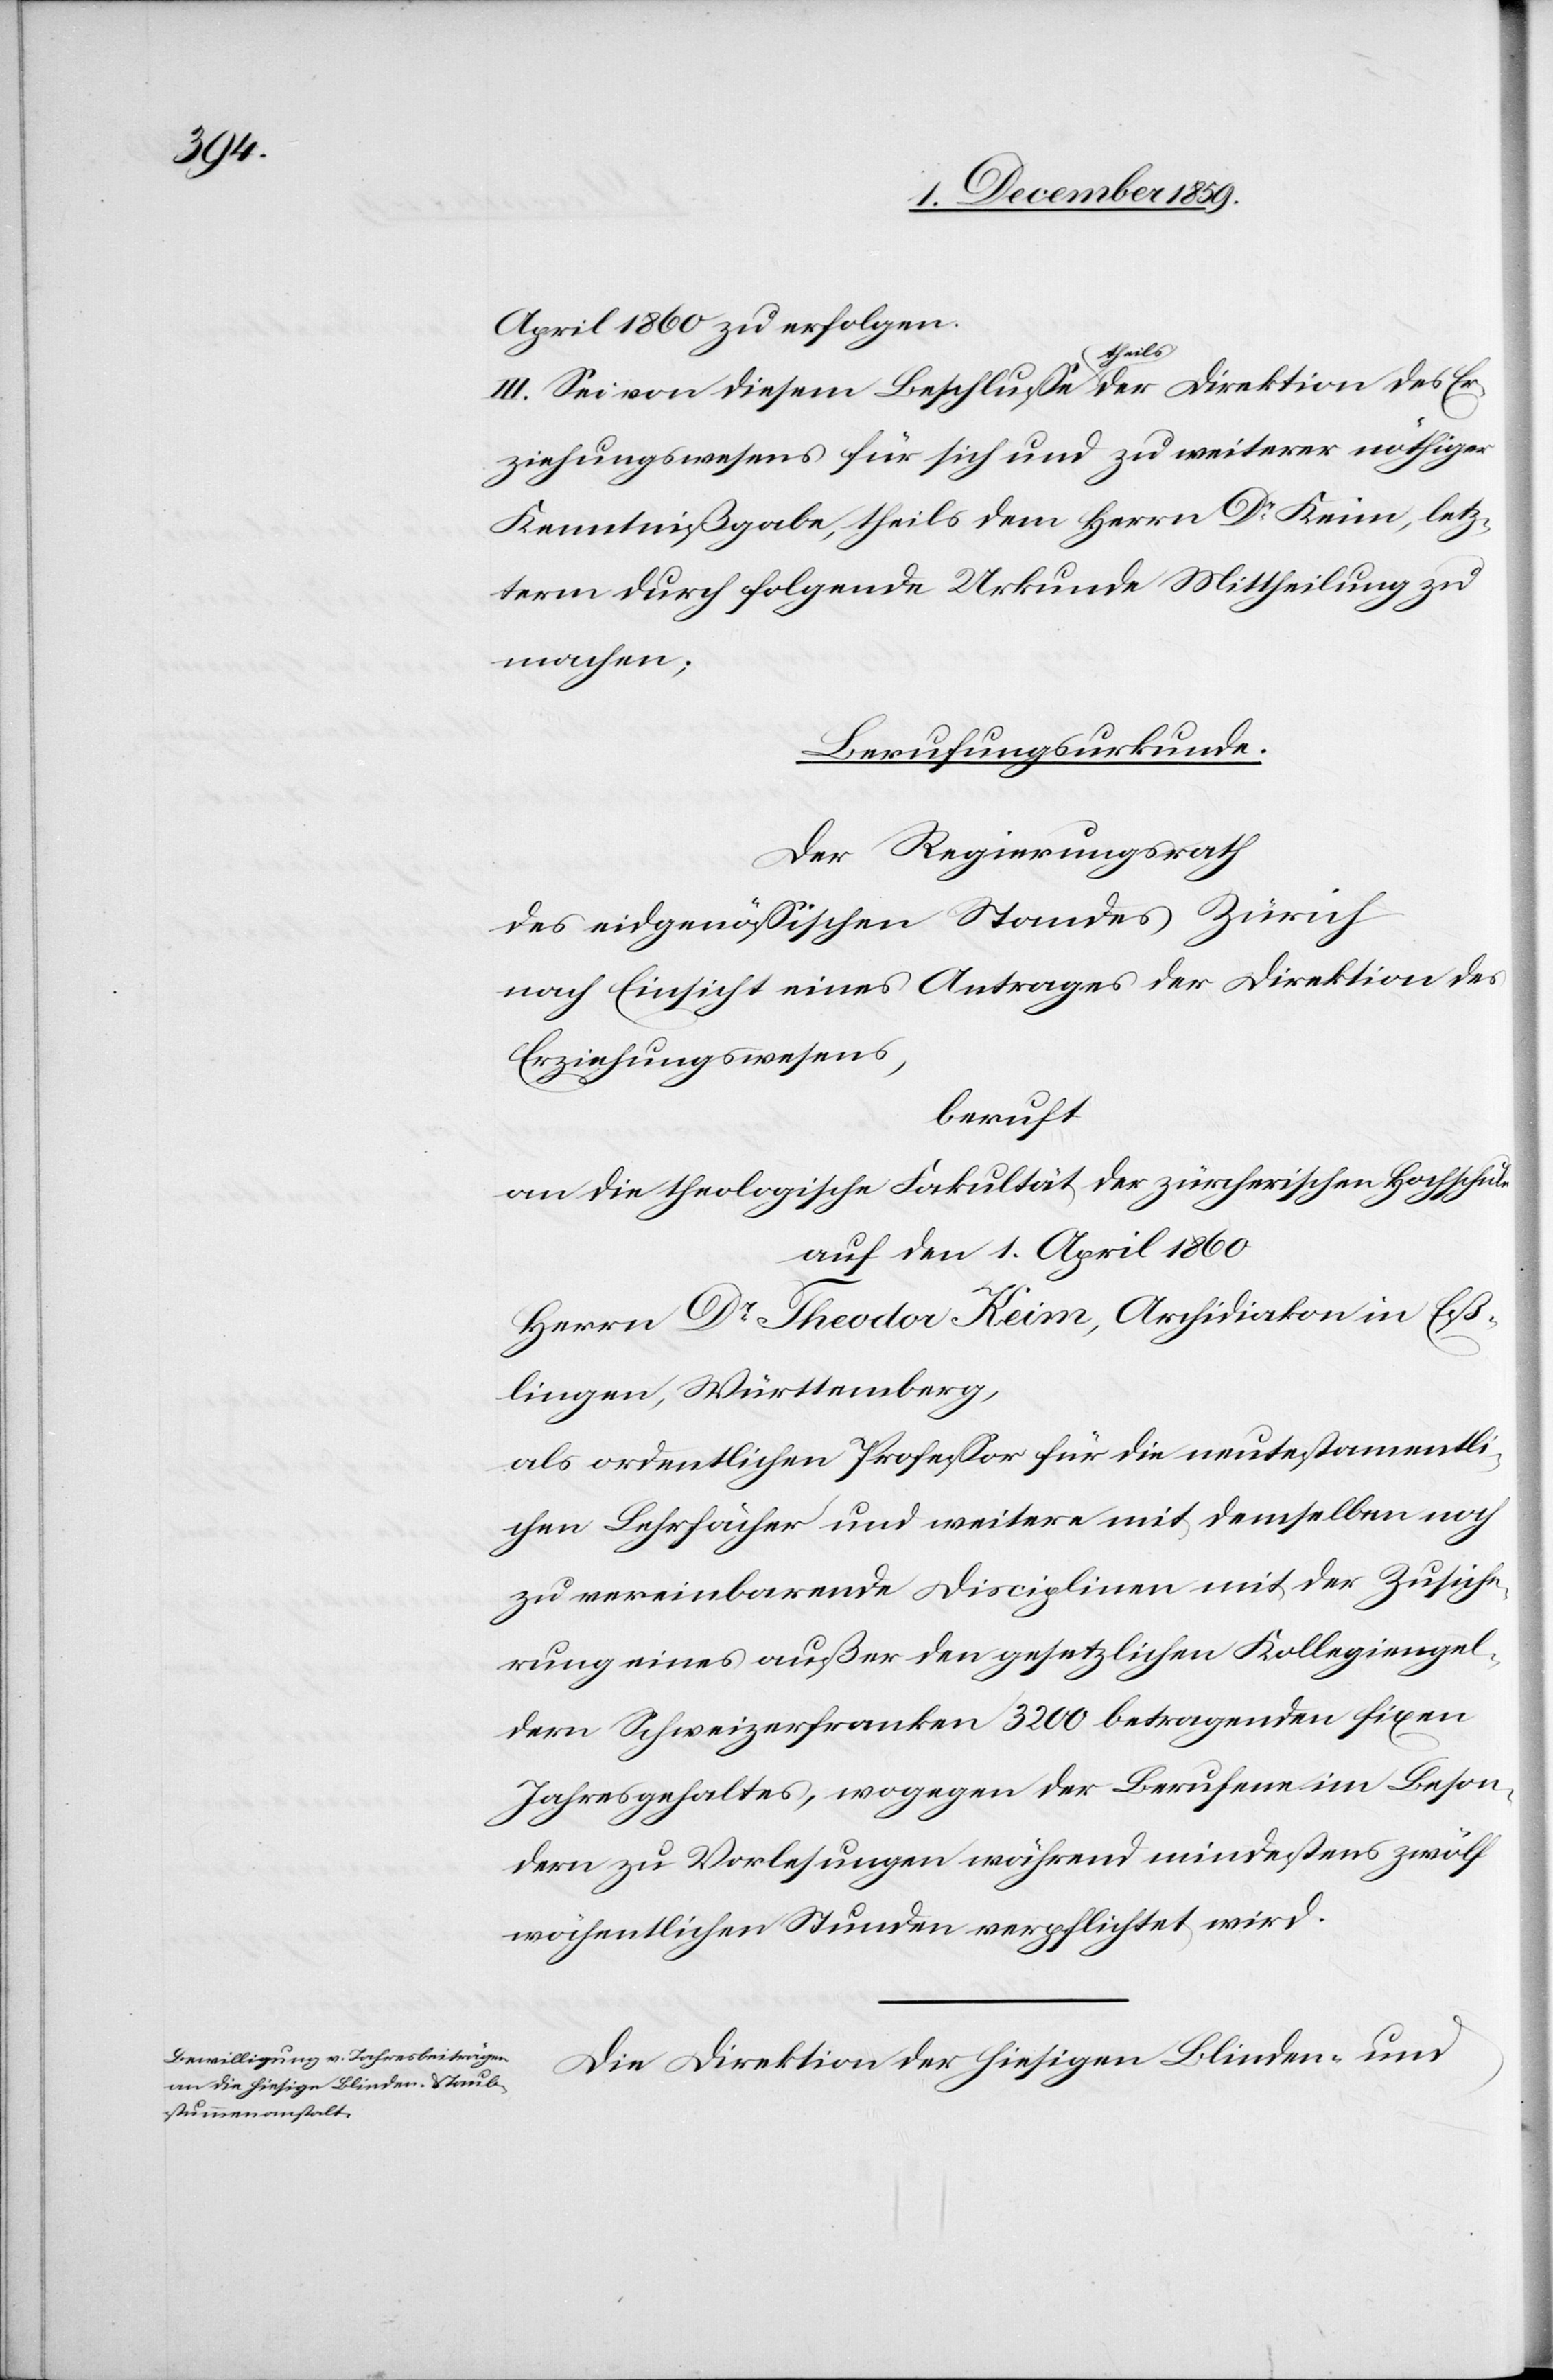
April 1860 zu erfolgen.
III. Sei von diesem Beschlusse theils der Direktion des Er¬
ziehungswesens für sich und zu weiterer nöthiger
Kenntnißgabe, theils dem Herrn Dr Keim, letz¬
terem durch folgende Urkunde Mittheilung zu
machen;
Berufungsurkunde.
Der Regierungsrath
des eidgenössischen Standes Zürich
nach Einsicht eines Antrages der Direktion des
Erziehungswesens,
beruft
an die theologische Fakultät der zürcherischen Hochschule
auf den 1. April 1860
Herrn Dr Theodor Keim, Archidiakon in Eß¬
lingen, Württemberg,
als ordentlichen Professor für die neutestamentli¬
chen Lehrfächer und weitere mit demselben noch
zu vereinbarende Disciplinen mit der Zusiche¬
rung eines außer den gesetzlichen Kollegiengel¬
dern Schweizerfranken 3200 betragenden fixen
Jahresgehaltes, wogegen der Berufene im Beson¬
dern zu Vorlesungen während mindestens zwölf
wöchentlichen Stunden verpflichtet wird.
Die Direktion der hiesigen Blinden- und